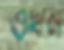
ওখন